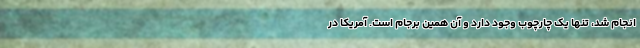
انجام شد، تنها یک چارچوب وجود دارد و آن همین برجام است. آمریکا در